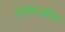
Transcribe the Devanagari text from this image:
संकटक्षेत्र